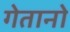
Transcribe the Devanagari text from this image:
गेतानो